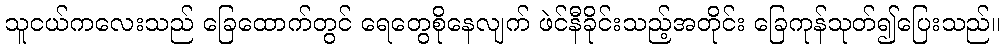
သူငယ်ကလေးသည် ခြေထောက်တွင် ရေတွေစိုနေလျက် ဖဲင်နီခိုင်းသည့်အတိုင်း ခြေကုန်သုတ်၍ပြေးသည်။